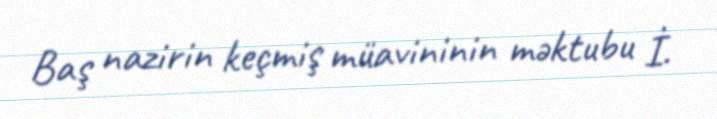
Baş nazirin keçmiş müavininin məktubu İ.